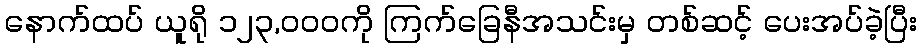
နောက်ထပ် ယူရို ၁၂၃,၀၀၀ကို ကြက်ခြေနီအသင်းမှ တစ်ဆင့် ပေးအပ်ခဲ့ပြီး